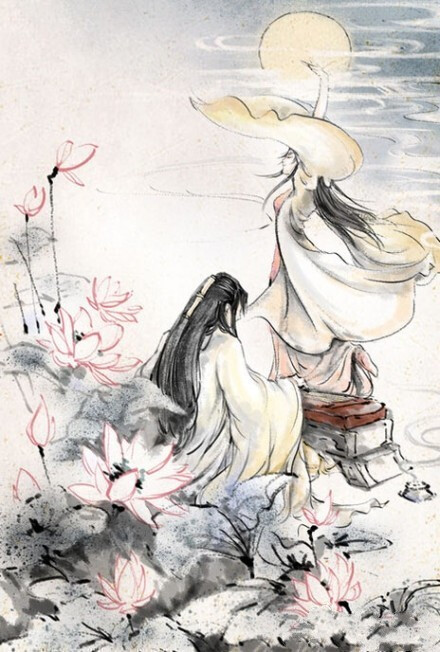
风也萧萧，雨也萧萧，瘦尽灯花又一宵。